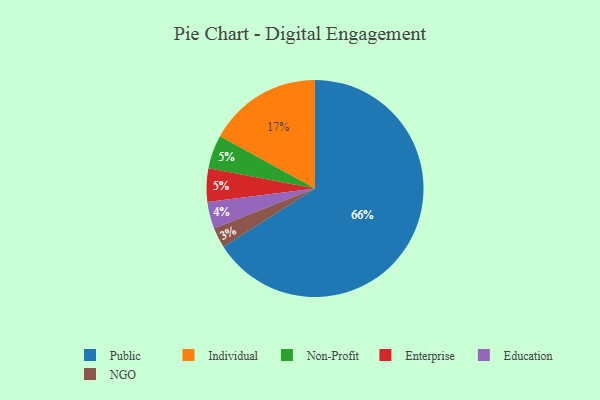
{"axis": {"x": "Category", "y": "Percentage"}, "legend": ["Education", "Enterprise", "Individual", "NGO", "Non-Profit", "Public"], "data": [{"x": "NGO", "y": 3, "type": "NGO"}, {"x": "Public", "y": 66, "type": "Public"}, {"x": "Non-Profit", "y": 5, "type": "Non-Profit"}, {"x": "Education", "y": 4, "type": "Education"}, {"x": "Enterprise", "y": 5, "type": "Enterprise"}, {"x": "Individual", "y": 17, "type": "Individual"}]}